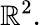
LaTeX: \mathbb{R}^{2}.